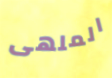
الملهى